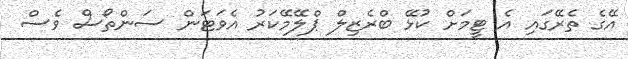
އޭގެ ތެރޭގައި އެ ޓީމަށް ކުޅޭ ބްރެޒިލް ޕްލޭމޭކަރު އެވަޓަން ސަންތޯސް ވެސް